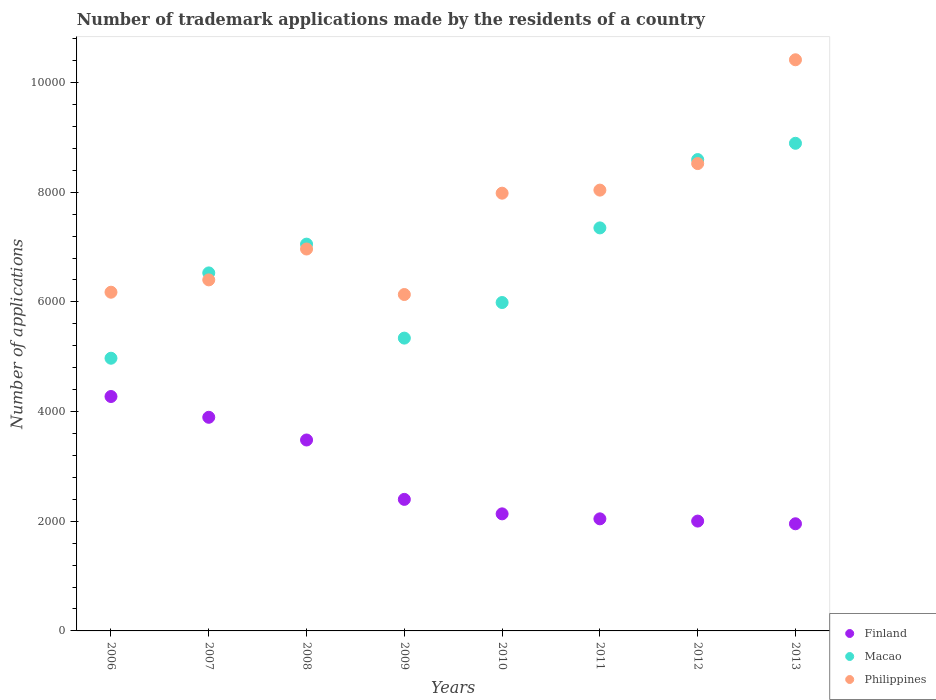
| Years | Finland | Macao | Philippines |
 | --- | --- | --- | --- |
 | 2006 | 4.28e+03 | 4.97e+03 | 6.18e+03 |
 | 2007 | 3.9e+03 | 6.53e+03 | 6.4e+03 |
 | 2008 | 3.48e+03 | 7.05e+03 | 6.96e+03 |
 | 2009 | 2.4e+03 | 5.34e+03 | 6.14e+03 |
 | 2010 | 2.14e+03 | 5.99e+03 | 7.98e+03 |
 | 2011 | 2.04e+03 | 7.35e+03 | 8.04e+03 |
 | 2012 | 2e+03 | 8.6e+03 | 8.52e+03 |
 | 2013 | 1.95e+03 | 8.89e+03 | 1.04e+04 |